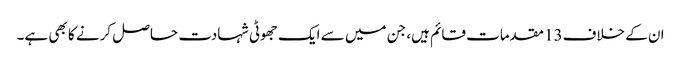
ان کے خلاف13 مقدمات قائم ہیں، جن میں سے ایک جھوٹی شہادت حاصل کرنے کا بھی ہے۔